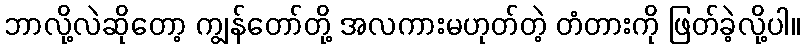
ဘာလို့လဲဆိုတော့ ကျွန်တော်တို့ အလကားမဟုတ်တဲ့ တံတားကို ဖြတ်ခဲ့လို့ပါ။